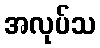
အလုပ်သ